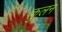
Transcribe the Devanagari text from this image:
कुलन